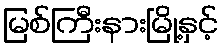
မြစ်ကြီးနားမြို့နှင့်